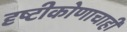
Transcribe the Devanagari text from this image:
दृष्टीकोणाचाही